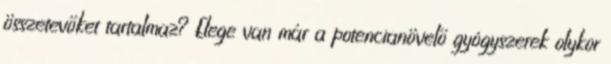
összetevőket tartalmaz? Elege van már a potencianövelő gyógyszerek olykor